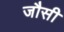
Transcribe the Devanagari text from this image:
जौसी